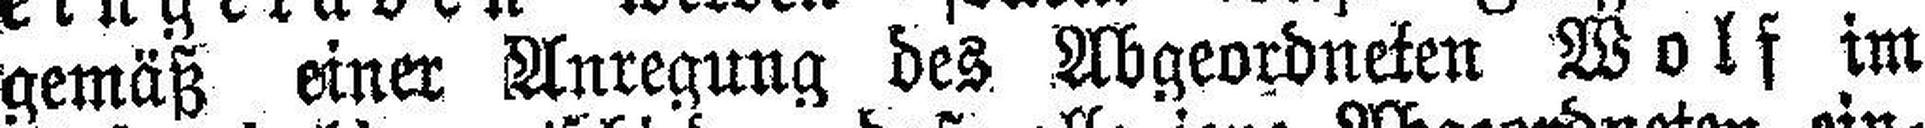
gemäß einer Anregung des Abgeordneten Wolf im